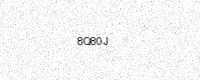
Text: 8Q80J